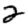
Digit: 2